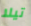
تيلا